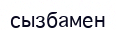
сызбамен